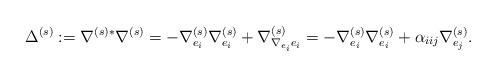
LaTeX: \begin{align*}\Delta ^{(s)}:= \nabla ^{(s)*} \nabla ^{(s)} = -\nabla ^{(s)}_{e_{i}}\nabla ^{(s)}_{e_{i}}+\nabla ^{(s)}_{\nabla _{e_{i}}e_{i}} =-\nabla ^{(s)}_{e_{i}}\nabla ^{(s)}_{e_{i}}+\alpha _{iij}\nabla ^{(s)}_{e_{j}}.\end{align*}